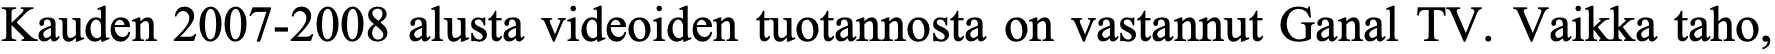
Kauden 2007-2008 alusta videoiden tuotannosta on vastannut Ganal TV. Vaikka taho,